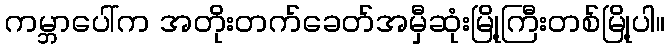
ကမ္ဘာပေါ်က အတိုးတက်ခေတ်အမှီဆုံးမြို့ကြီးတစ်မြို့ပါ။